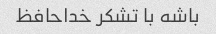
باشه با تشکر خداحافظ